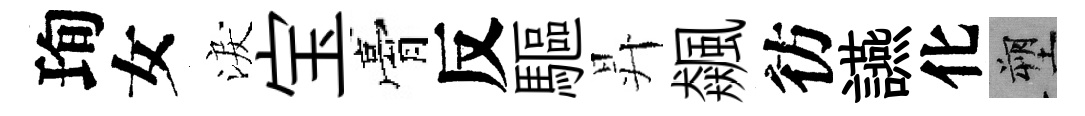
珣女淚宝膏反驅昇飆彷讌化塑